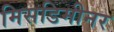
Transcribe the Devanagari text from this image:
मिसडिमीनर